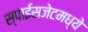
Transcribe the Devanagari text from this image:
स्पाईसजेटमध्ये